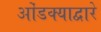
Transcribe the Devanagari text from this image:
ओंडक्याद्वारे